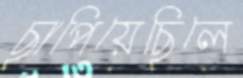
ছাপিয়েছিলে